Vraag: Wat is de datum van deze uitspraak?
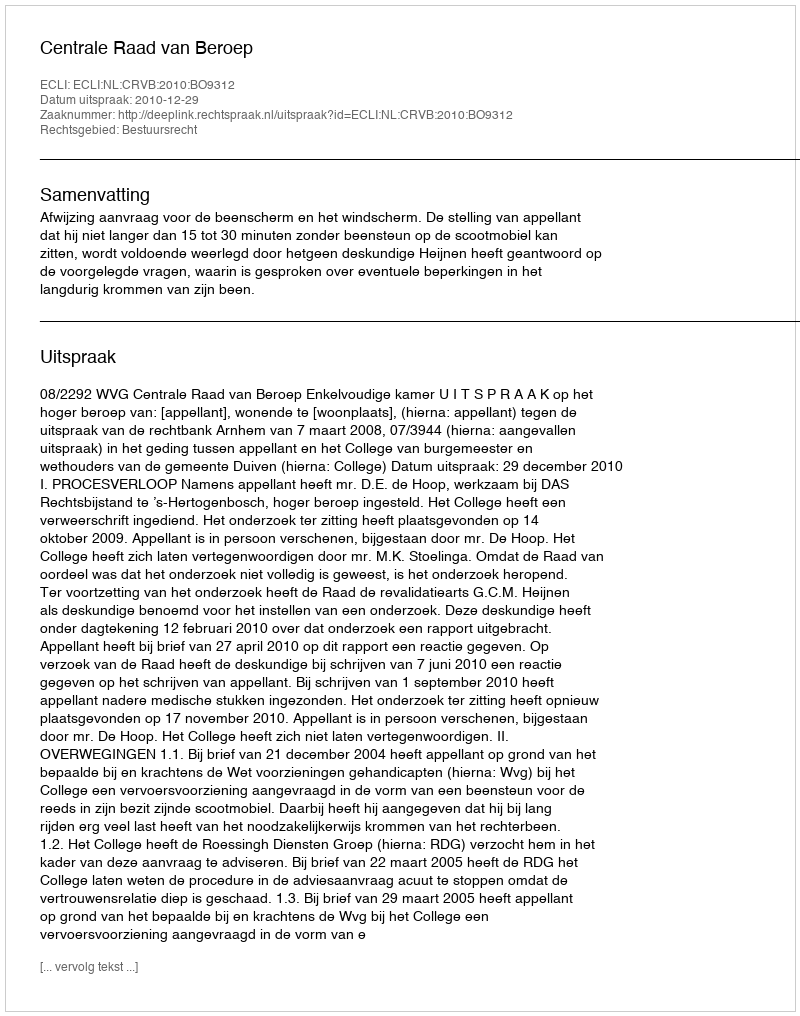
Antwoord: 2010-12-29